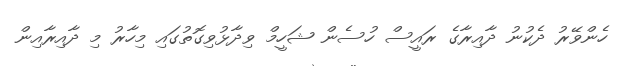
ހެންވޭރު ދެކުނު ދާއިރާގެ ރައީސް ހުސެން ޝަހީމް ވިދާޅުވިގޮތުގައި މިހާރު މި ދާއިރާއިން